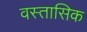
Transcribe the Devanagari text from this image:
वस्तासिक